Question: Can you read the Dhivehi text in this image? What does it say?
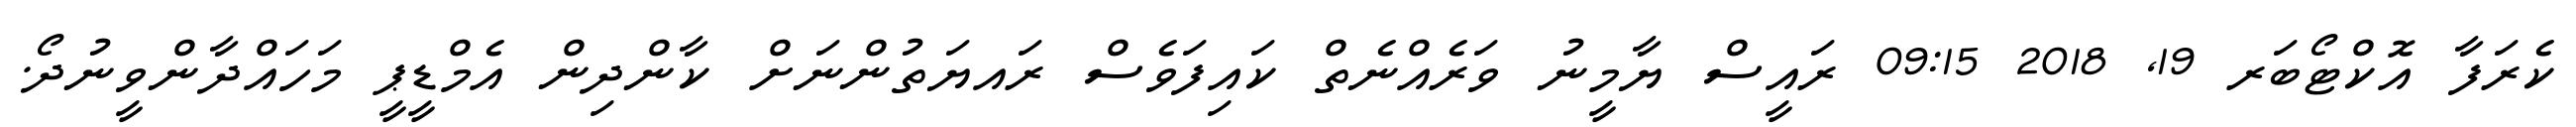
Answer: ކެރަފާ އޮކްޓޯބަރ 19, 2018 09:15 ރައީސް ޔާމީނު ވަރެއްނެތް ކައިފަވެސް ރައޔަތުންނަށް ކާންދިން އެމްޑީޕީ މަހައްދާންވީނުދޯ.